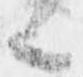
候